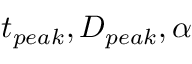
t _ { p e a k } , D _ { p e a k } , \alpha